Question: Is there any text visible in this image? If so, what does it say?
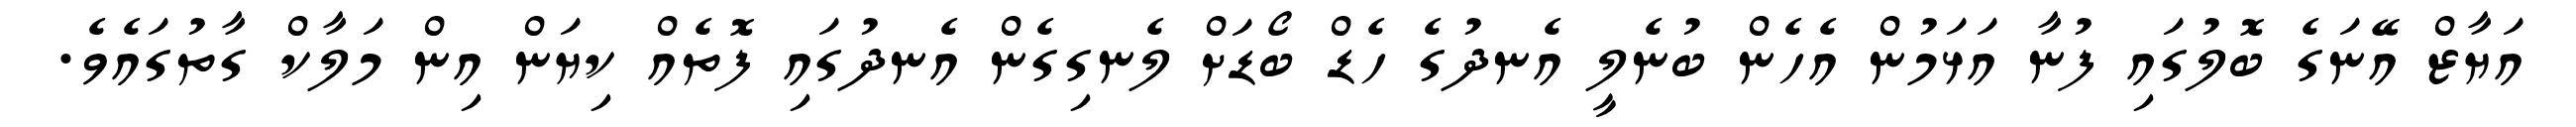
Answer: އަޔާޒް އޭނަގެ ބޮލުގައި ފުނާ އަޅަމުން އެހެން ބުނެލީ އެނދުގެ ހެޑް ބޯޑަށް ލެނގިގެން އެނދުގައި ފޮތެއް ކިޔަން އިން މަލާކް ގާތުގައެވެ.